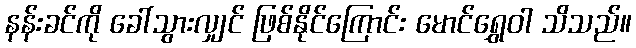
နန်းခင်ကို ခေါ်သွားလျှင် ဖြစ်နိုင်ကြောင်း မောင်ရွှေဝါ သိသည်။